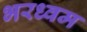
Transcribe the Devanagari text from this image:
भरध्वम